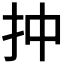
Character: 𢪠